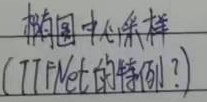
构图中心采样(TTFNet的特例？)